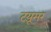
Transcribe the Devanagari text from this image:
टय़ूमर